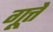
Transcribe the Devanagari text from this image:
गूत्ते